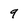
Character: 9